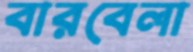
বারবেলা